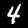
Digit: 4